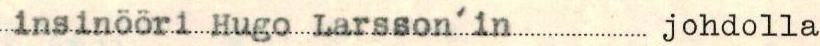
insinööri Hugo Larsson'in johdolla